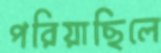
পরিয়াছিলে